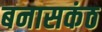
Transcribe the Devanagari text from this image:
बनासकंठ